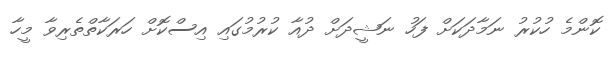
ކޮންމެ ހުކުރު ނަމާދަކަށް ފަހު ނަޝީދަށް ދުއާ ކުރުމުގައި އިސްކޮށް ހަރަކާތްތެރިވާ މީހާ